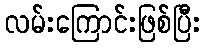
လမ်းကြောင်းဖြစ်ပြီး